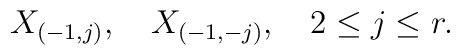
X_{(-1,j)},\quad      X_{(-1,-j)},\quad 2\leq j\leq r.